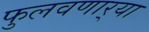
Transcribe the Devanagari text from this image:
फुलवणार्‍या